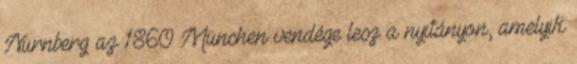
Nürnberg az 1860 München vendége lesz a nyitányon, amelyik